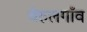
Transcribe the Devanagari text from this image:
वेरुलगाँव